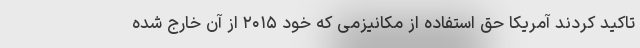
تاکید کردند آمریکا حق استفاده از مکانیزمی که خود ۲۰۱۵ از آن خارج شده